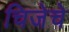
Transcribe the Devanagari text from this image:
चिजेचे